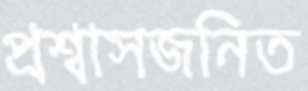
প্রশ্বাসজনিত